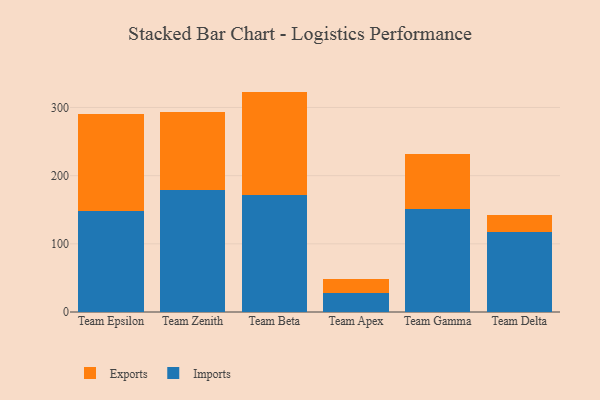
{"axis": {"x": "Team", "y": "Revenue (USD Million)"}, "legend": ["Exports", "Imports"], "data": [{"x": "Team Epsilon", "y": 148.6, "type": "Imports"}, {"x": "Team Epsilon", "y": 141.4, "type": "Exports"}, {"x": "Team Zenith", "y": 178.6, "type": "Imports"}, {"x": "Team Zenith", "y": 114.2, "type": "Exports"}, {"x": "Team Beta", "y": 172.1, "type": "Imports"}, {"x": "Team Beta", "y": 151.2, "type": "Exports"}, {"x": "Team Apex", "y": 27.2, "type": "Imports"}, {"x": "Team Apex", "y": 21.4, "type": "Exports"}, {"x": "Team Gamma", "y": 150.7, "type": "Imports"}, {"x": "Team Gamma", "y": 81.0, "type": "Exports"}, {"x": "Team Delta", "y": 117.3, "type": "Imports"}, {"x": "Team Delta", "y": 25.7, "type": "Exports"}]}